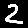
Digit: 2